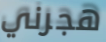
هجرني